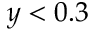
y < 0 . 3